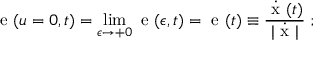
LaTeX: { \mathrm { \boldmath ~ e ~ } } ( u = 0 , t ) = \operatorname * { l i m } _ { \epsilon \rightarrow + 0 } { \mathrm { \boldmath ~ e ~ } } ( \epsilon , t ) = { \mathrm { \boldmath ~ e ~ } } ( t ) \equiv \frac { \dot { \mathrm { \boldmath ~ x ~ } } ( t ) } { | \dot { \mathrm { \boldmath ~ x ~ } } | } \; ;